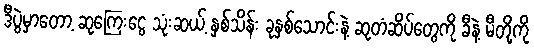
ဒီပွဲမှာတော့ ဆုကြေးငွေ သုံးဆယ့် နှစ်သိန်း ခုနှစ်သောင်းနဲ့ ဆုတံဆိပ်တွေကို ခီနဲ့ မီတို့ကို